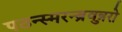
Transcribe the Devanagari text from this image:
पठन्स्मरन्ब्रुवन्नरो